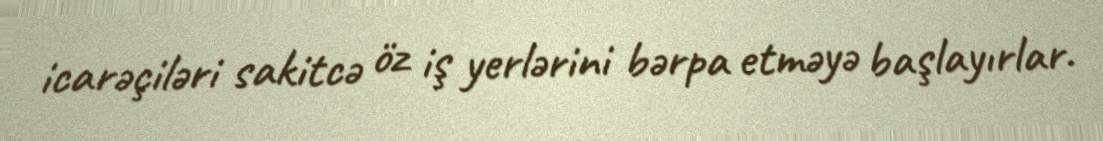
icarəçiləri sakitcə öz iş yerlərini bərpa etməyə başlayırlar.